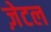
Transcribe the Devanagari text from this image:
ज़ेटल